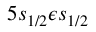
5 s _ { 1 / 2 } \epsilon s _ { 1 / 2 }